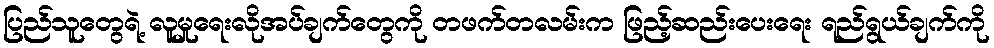
ပြည်သူတွေရဲ့ လူမှုရေးလိုအပ်ချက်တွေကို တဖက်တလမ်းက ဖြည့်ဆည်းပေးရေး ရည်ရွယ်ချက်ကို